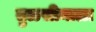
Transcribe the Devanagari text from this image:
तुळसीमाळा